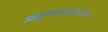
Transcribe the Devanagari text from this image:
आसुपालवसारख्या